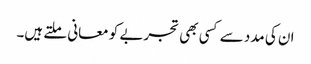
ان کی مدد سے کسی بھی تجربے کو معانی ملتے ہیں۔